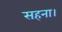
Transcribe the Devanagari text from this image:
सहना।